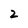
Character: 2